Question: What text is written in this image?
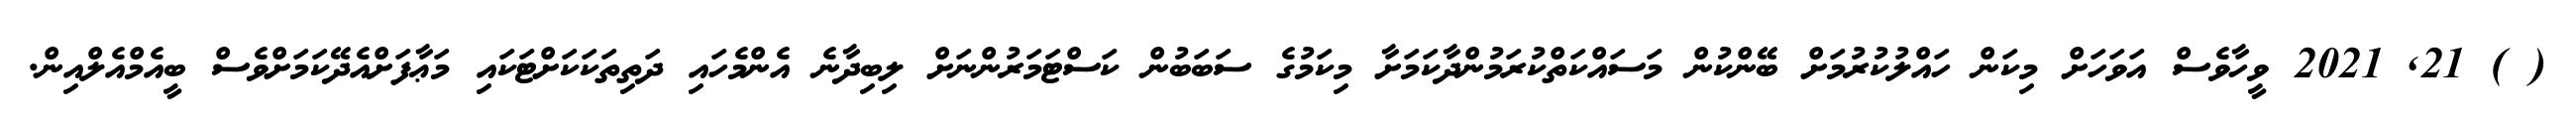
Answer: ( ) 21, 2021 ވީހާވެސް އަވަހަށް މިކަން ހައްލުކުރުމަށް ބޭންކުން މަސައްކަތްކުރަމުންދާކަމަށާ މިކަމުގެ ސަބަބުން ކަސްޓަމަރުންނަށް ލިބިދާނެ އެންމެހައި ދަތިތަކަކަށްޓަކައި މަޢާފަށްއެދޭކަމަށްވެސް ބީއެމްއެލްއިން.